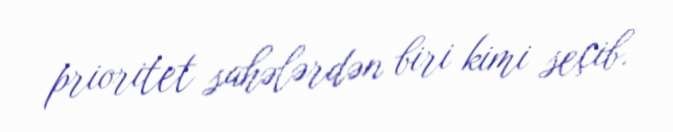
prioritet sahələrdən biri kimi seçib.